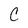
Character: C